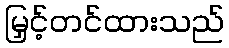
မြှင့်တင်ထားသည်